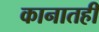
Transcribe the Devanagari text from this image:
कानातही